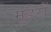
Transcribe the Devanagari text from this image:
मुंडेरों